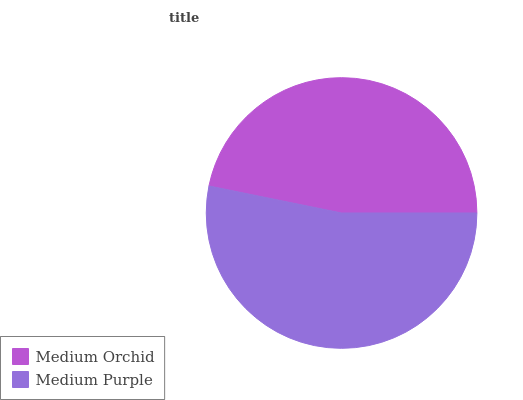
| Medium Orchid | Medium Purple |
 | --- | --- |
 | 46.8% | 53.2% |